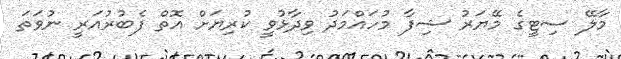
މާލޭ ސިޓީގެ މޭޔަރު ޝިފާ މުހައްމަދު ވިދާޅުވީ ކުރިޔަށް އޮތް ފެބުރުއަރީ ނުވަތަ